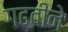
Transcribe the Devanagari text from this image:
गढवीने